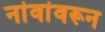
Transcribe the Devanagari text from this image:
नांवांवरून